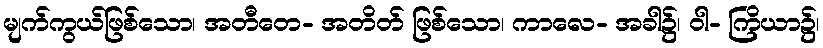
မျက်ကွယ်ဖြစ်သော၊ အတီတေ- အတိတ် ဖြစ်သော၊ ကာလေ- အခါ၌၊ ဝါ- ကြိယာ၌၊